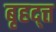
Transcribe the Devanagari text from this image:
बृहद्त्त